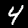
Digit: 4